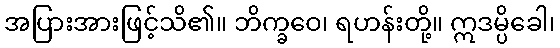
အပြားအားဖြင့်သိ၏။ ဘိက္ခဝေ၊ ရဟန်းတို့။ ဣဒမ္ပိခေါ၊